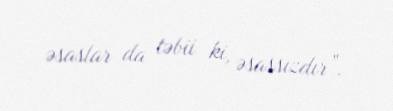
əsaslar da təbii ki, əsassızdır”.